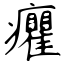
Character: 癯